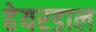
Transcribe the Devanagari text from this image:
हेयरडाल